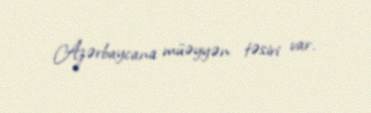
Azərbaycana müəyyən təsiri var.